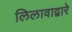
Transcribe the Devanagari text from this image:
लिलावाद्वारे